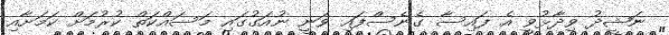
ނަޝީދު ވިދާޅުވީ އެ ފައިސާ ގެނެސްފައި ވަނީ ނުއަގުގައި މަސައްކަތް ކުރުމަށް ކަމަށާއި